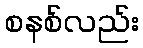
စနစ်လည်း